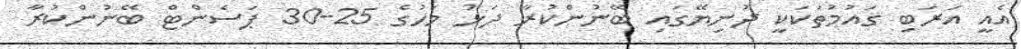
އެއީ އަރަބި ގައުމުތަކަކީ ދުނިޔޭގައި ބޭނުންކުރާ ދަޅު މަހުގެ 25-30 ޕަސެންޓް ބޭނުންކުރާ